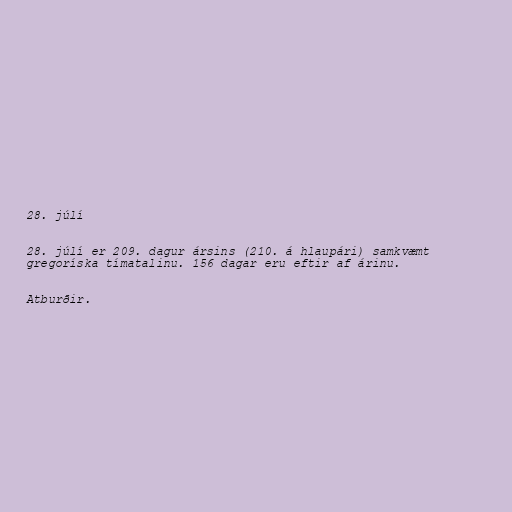
28. júlí

28. júlí er 209. dagur ársins (210. á hlaupári) samkvæmt
gregoríska tímatalinu. 156 dagar eru eftir af árinu.

Atburðir.